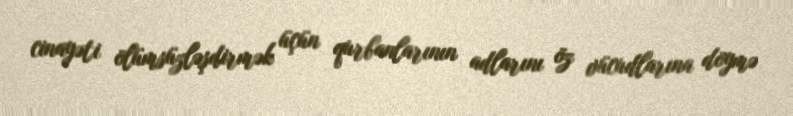
cinayəti ölümsüzləşdirmək üçün qurbanlarının adlarını öz vücudlarına döymə